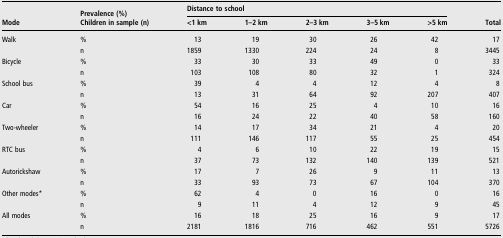
<table><thead><tr><td rowspan="2"><b>Mode</b></td><td><b>Prevalence (%)</b></td><td colspan="5"><b>Distance to school</b></td><td></td></tr><tr><td><b>Children in sample (n)</b></td><td><b>&lt;1 km</b></td><td><b>1–2 km</b></td><td><b>2–3 km</b></td><td><b>3–5 km</b></td><td><b>&gt;5 km</b></td><td><b>Total</b></td></tr></thead><tbody><tr><td>Walk</td><td>%</td><td>13</td><td>19</td><td>30</td><td>26</td><td>42</td><td>17</td></tr><tr><td></td><td>n</td><td>1859</td><td>1330</td><td>224</td><td>24</td><td>8</td><td>3445</td></tr><tr><td>Bicycle</td><td>%</td><td>33</td><td>30</td><td>33</td><td>49</td><td>0</td><td>33</td></tr><tr><td></td><td>n</td><td>103</td><td>108</td><td>80</td><td>32</td><td>1</td><td>324</td></tr><tr><td>School bus</td><td>%</td><td>39</td><td>4</td><td>4</td><td>12</td><td>4</td><td>8</td></tr><tr><td></td><td>n</td><td>13</td><td>31</td><td>64</td><td>92</td><td>207</td><td>407</td></tr><tr><td>Car</td><td>%</td><td>54</td><td>16</td><td>25</td><td>4</td><td>10</td><td>16</td></tr><tr><td></td><td>n</td><td>16</td><td>24</td><td>22</td><td>40</td><td>58</td><td>160</td></tr><tr><td>Two-wheeler</td><td>%</td><td>14</td><td>17</td><td>34</td><td>21</td><td>4</td><td>20</td></tr><tr><td></td><td>n</td><td>111</td><td>146</td><td>117</td><td>55</td><td>25</td><td>454</td></tr><tr><td>RTC bus</td><td>%</td><td>4</td><td>6</td><td>10</td><td>22</td><td>19</td><td>15</td></tr><tr><td></td><td>n</td><td>37</td><td>73</td><td>132</td><td>140</td><td>139</td><td>521</td></tr><tr><td>Autorickshaw</td><td>%</td><td>17</td><td>7</td><td>26</td><td>9</td><td>11</td><td>13</td></tr><tr><td></td><td>n</td><td>33</td><td>93</td><td>73</td><td>67</td><td>104</td><td>370</td></tr><tr><td>Other modes*</td><td>%</td><td>62</td><td>4</td><td>0</td><td>16</td><td>0</td><td>16</td></tr><tr><td></td><td>n</td><td>9</td><td>11</td><td>4</td><td>12</td><td>9</td><td>45</td></tr><tr><td>All modes</td><td>%</td><td>16</td><td>18</td><td>25</td><td>16</td><td>9</td><td>17</td></tr><tr><td></td><td>n</td><td>2181</td><td>1816</td><td>716</td><td>462</td><td>551</td><td>5726</td></tr></tbody></table>